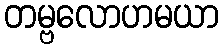
တမ္ဗလောဟမယာ